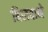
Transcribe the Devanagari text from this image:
बिलवाने